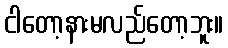
ငါတော့နားမလည်တော့ဘူး။